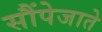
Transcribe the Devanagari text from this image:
सौंपेजाते